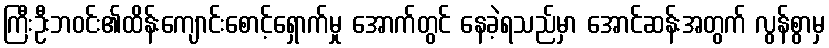
ကြီးဦးဘဝင်း၏ထိန်းကျောင်းစောင့်ရှောက်မှု အောက်တွင် နေခဲ့ရသည်မှာ အောင်ဆန်းအတွက် လွန်စွာမှ